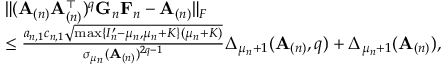
\begin{array} { r l } & { \| ( \mathbf { A } _ { ( n ) } \mathbf { A } _ { ( n ) } ^ { \top } ) ^ { q } \mathbf { G } _ { n } \mathbf { F } _ { n } - \mathbf { A } _ { ( n ) } \| _ { F } } \\ & { \leq \frac { a _ { n , 1 } c _ { n , 1 } \sqrt { \operatorname* { m a x } \{ I _ { n } ^ { \prime } - \mu _ { n } , \mu _ { n } + K \} ( \mu _ { n } + K ) } } { \sigma _ { \mu _ { n } } ( \mathbf { A } _ { ( n ) } ) ^ { 2 q - 1 } } \Delta _ { \mu _ { n } + 1 } ( \mathbf { A } _ { ( n ) } , q ) + \Delta _ { \mu _ { n } + 1 } ( \mathbf { A } _ { ( n ) } ) , } \end{array}